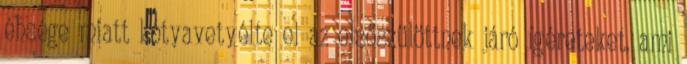
éhsége miatt kótyavetyélte el az elsőszülöttnek járó ígéreteket, ami